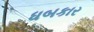
ધબકાર